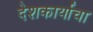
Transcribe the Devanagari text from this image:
देशकार्याचा